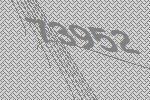
73952